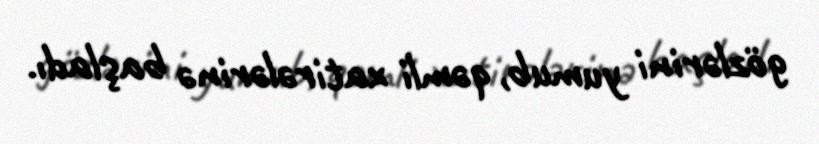
gözlərini yumub, qəmli xatirələrinə başladı.